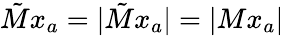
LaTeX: \tilde{M}x_{a}=|\tilde{M}x_{a}|=|Mx_{a}|